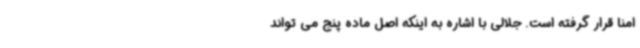
امنا قرار گرفته است. جلالی با اشاره به اینکه اصل ماده پنج می تواند